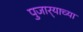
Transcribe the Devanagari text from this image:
पुजार्‍याच्या